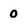
Character: 0